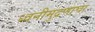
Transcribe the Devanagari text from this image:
ध्वनीमुद्रणाचा